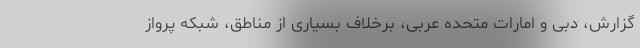
گزارش، دبی و امارات متحده عربی، برخلاف بسیاری از مناطق، شبکه پرواز